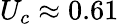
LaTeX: U_{c}\approx 0.61